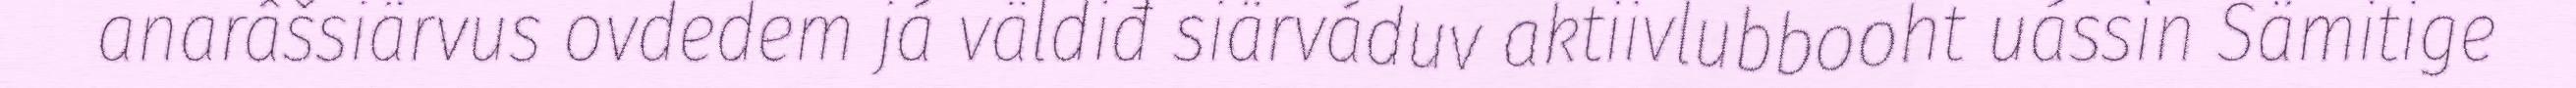
anarâšsiärvus ovdedem já väldiđ siärváduv aktiivlubbooht uássin Sämitige